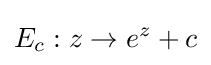
E_{c}:z\to e^{z}+c